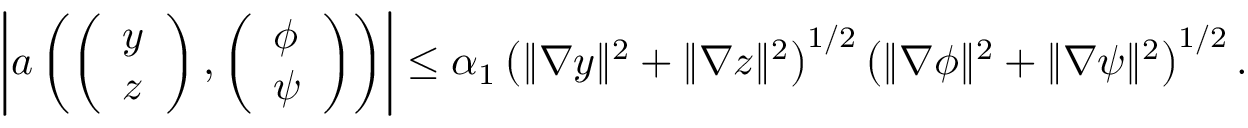
\begin{array} { r } { \left\vert a \left( \left( \begin{array} { l } { y } \\ { z } \end{array} \right) , \left( \begin{array} { l } { \phi } \\ { \psi } \end{array} \right) \right) \right\vert \le \alpha _ { 1 } \left( \| \nabla y \| ^ { 2 } + \| \nabla z \| ^ { 2 } \right) ^ { 1 / 2 } \left( \| \nabla \phi \| ^ { 2 } + \| \nabla \psi \| ^ { 2 } \right) ^ { 1 / 2 } . } \end{array}